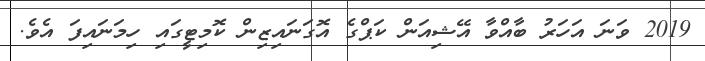
2019 ވަނަ އަހަރު ބާއްވާ އޭޝިއަން ކަޕްގެ އޮގަނައިޒިން ކޮމިޓީގައި ހިމަނައިފަ އެވެ.